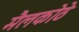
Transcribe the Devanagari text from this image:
मैलकोठे